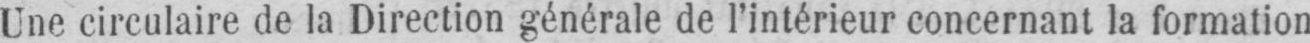
Une circulaire de la Direction générale de l’intérieur concernant la formation